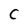
Character: C